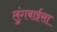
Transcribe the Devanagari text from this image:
लुंगबाईसा